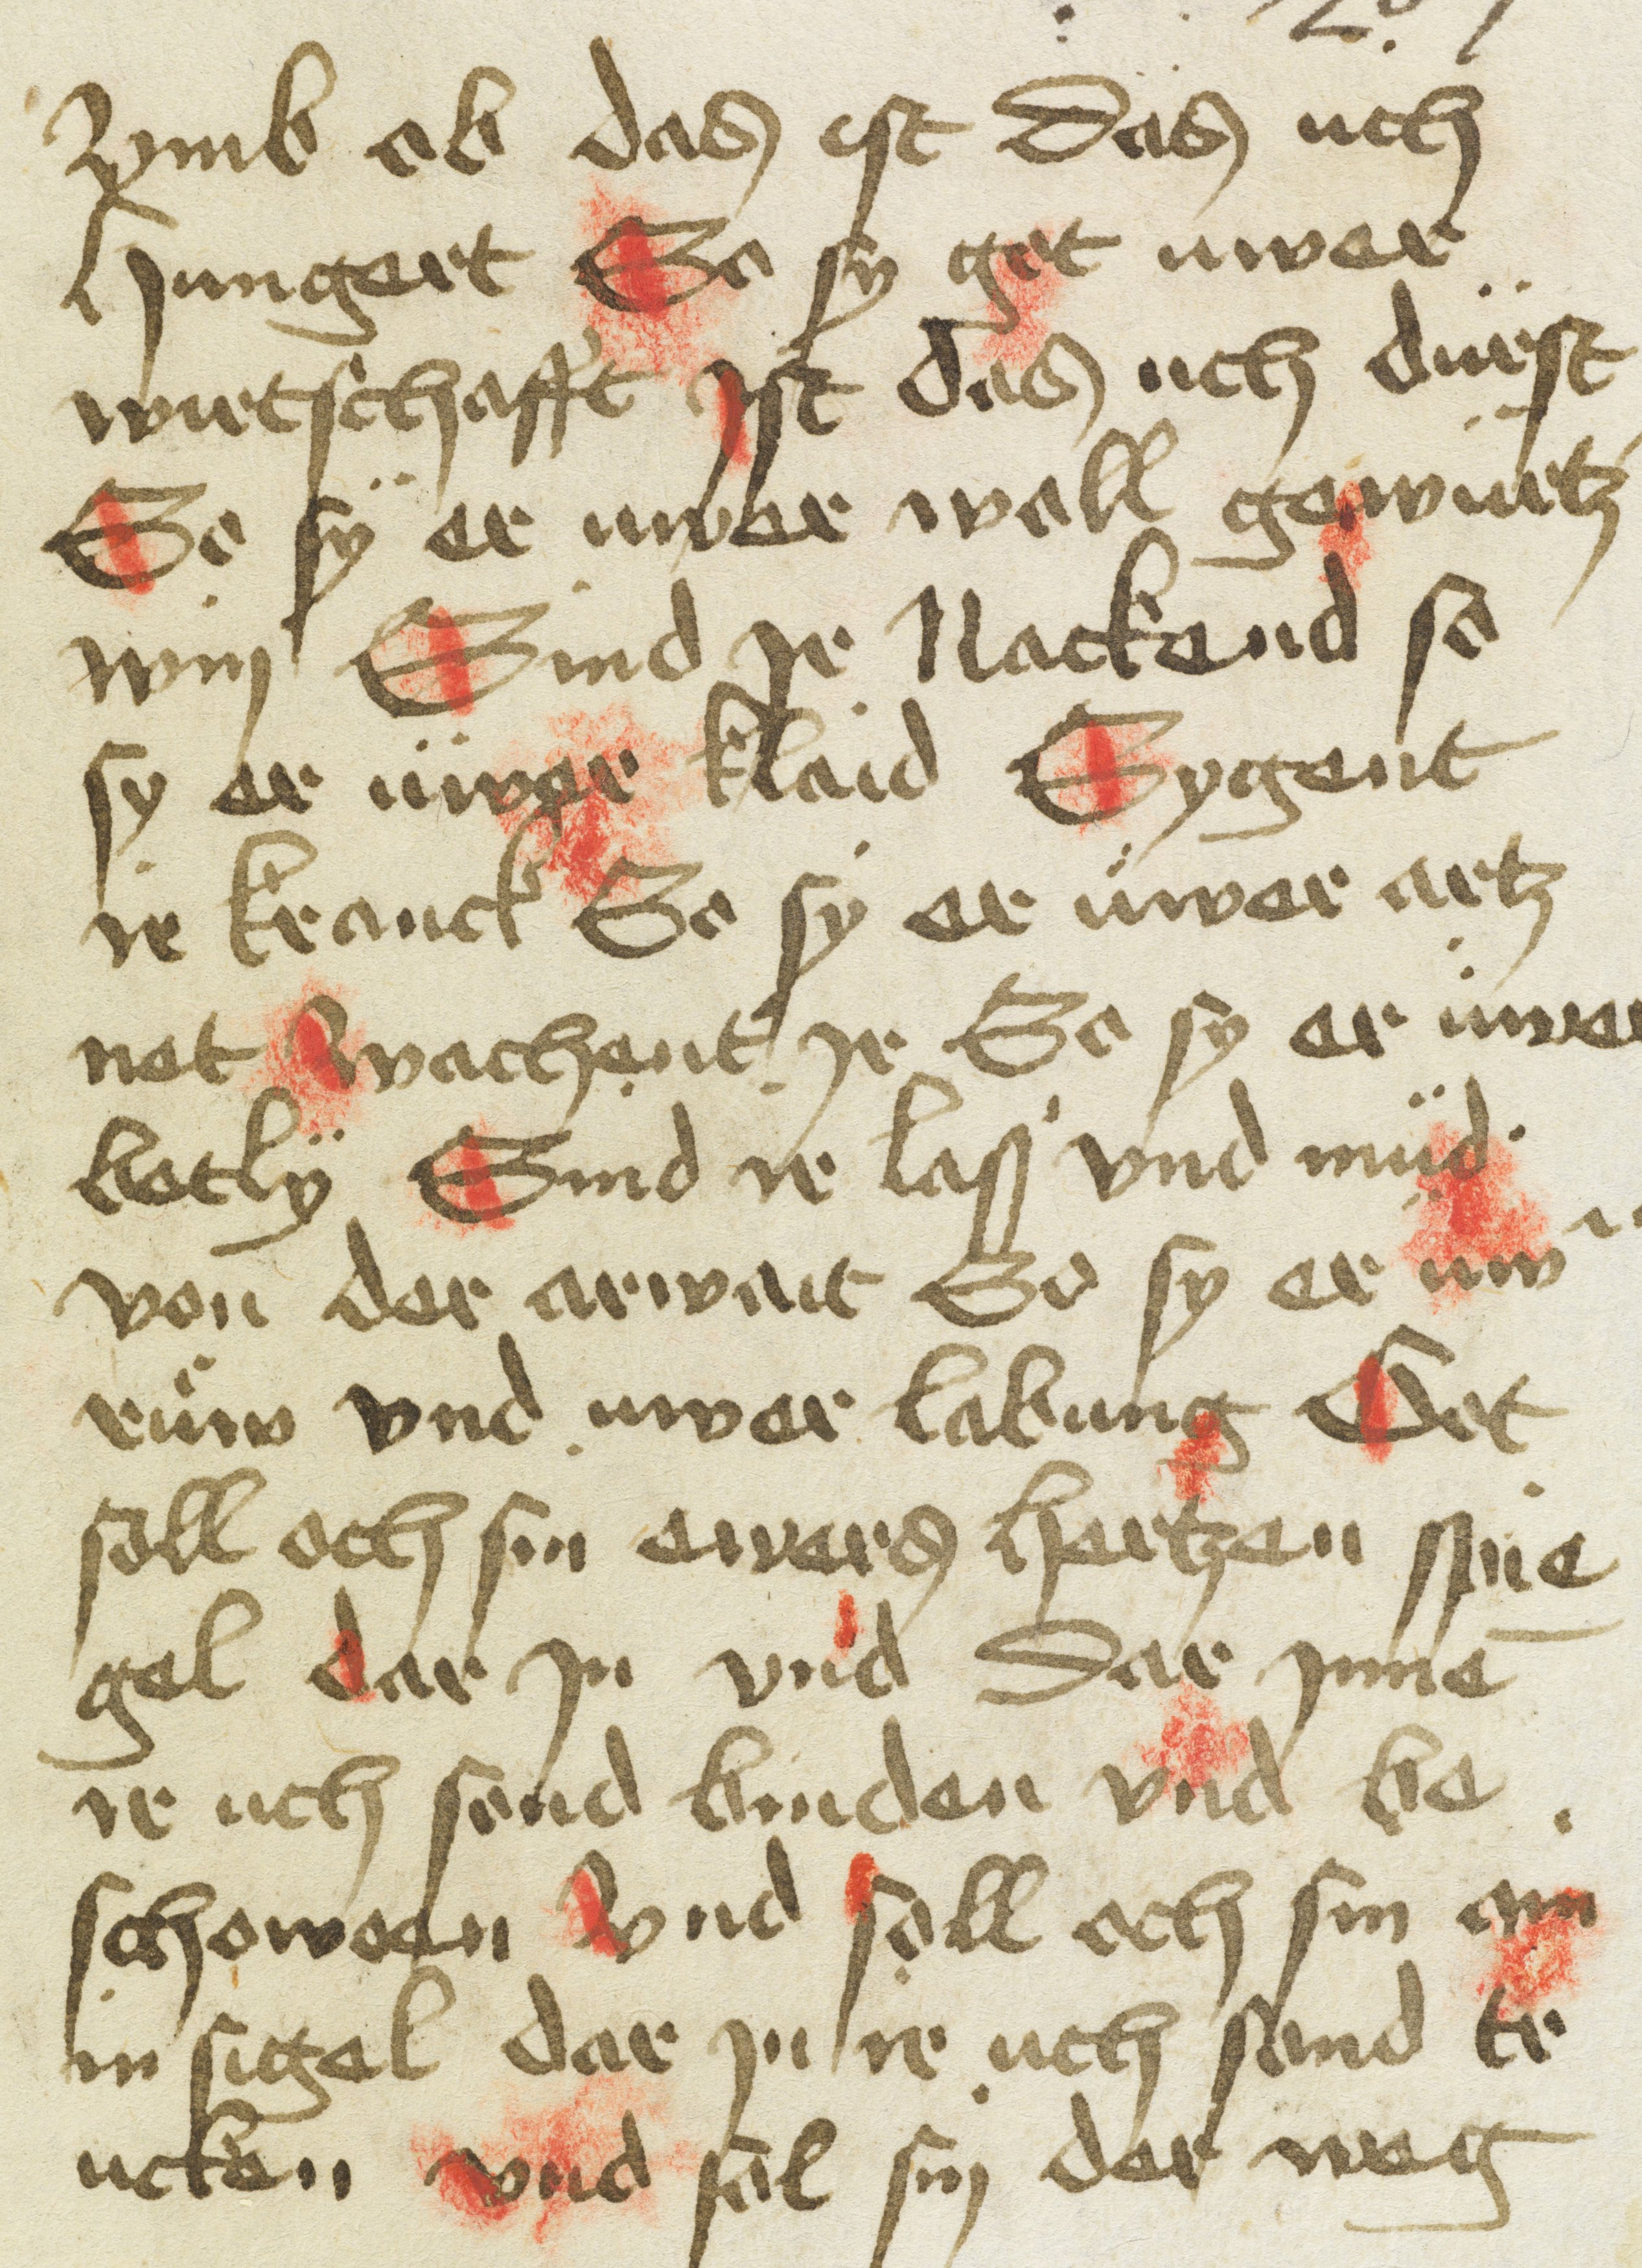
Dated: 1400–1499